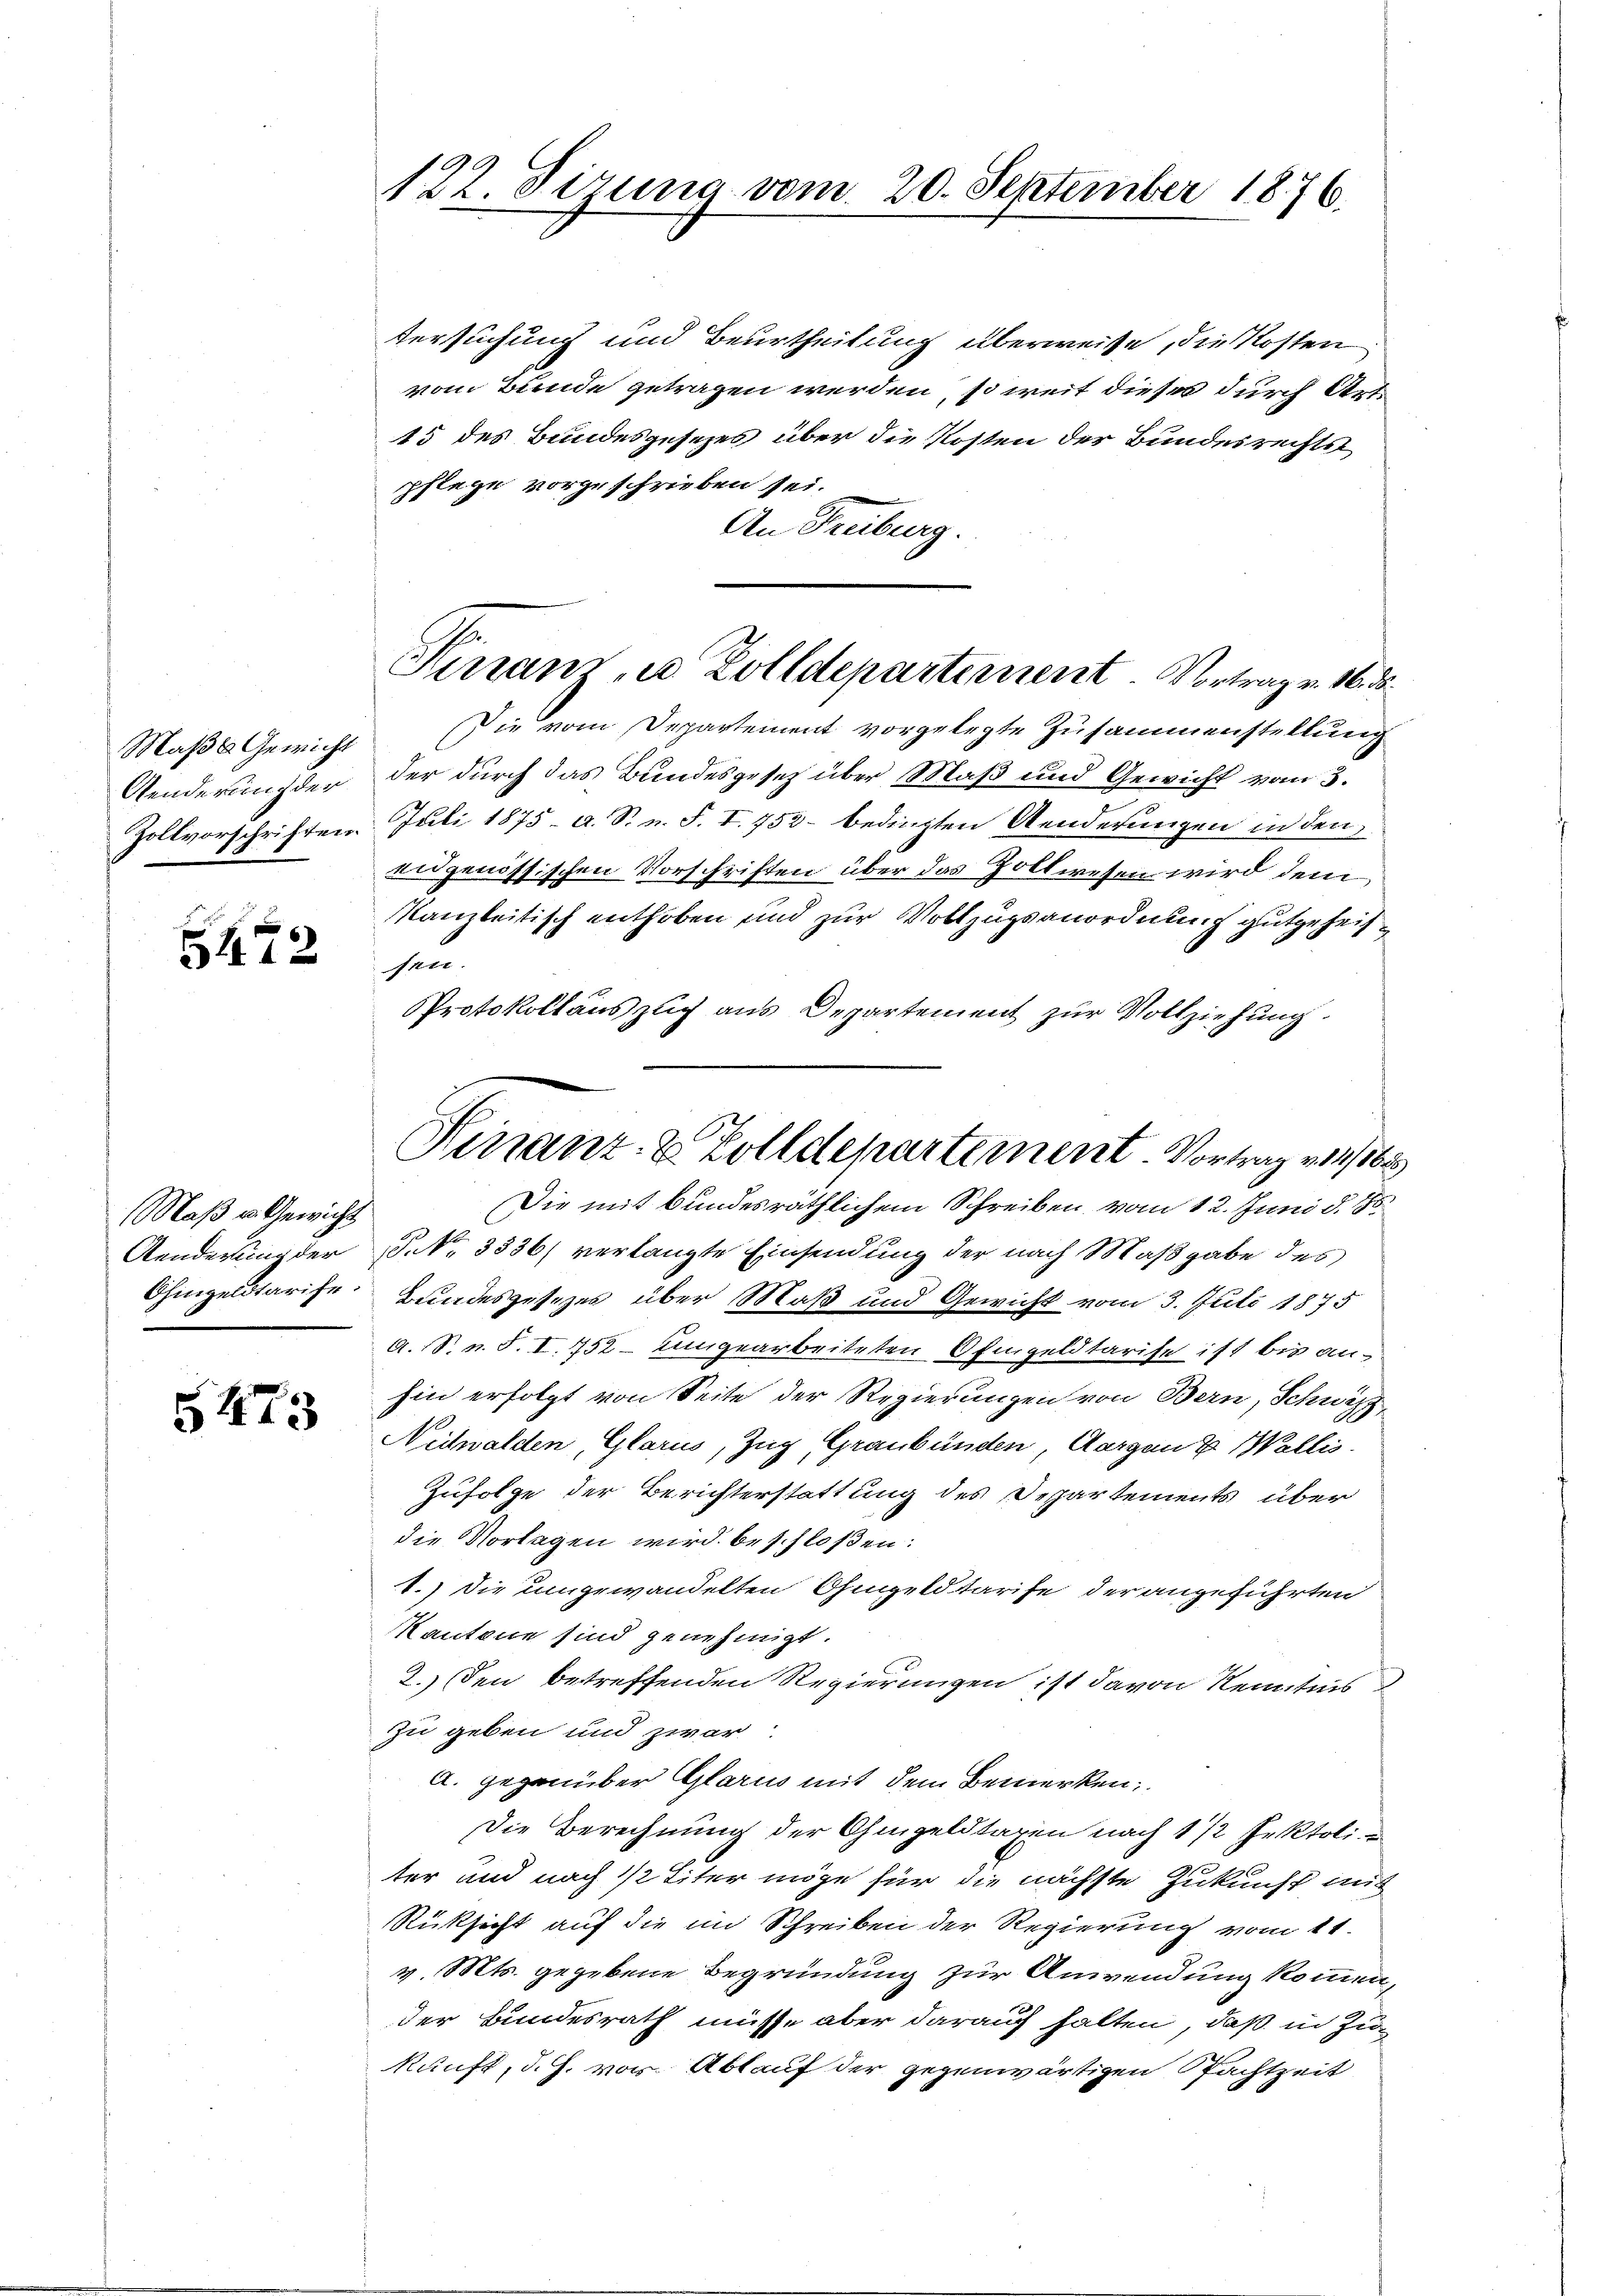
Maßa Gewicht
Aenderung der

5472

Maß u. Gewicht
Aenderung der

5473

122. Sizung vom 20. September 1876.

tersuchung und Beurtheilung überweise, die Kosten
vom Bunde getragen werden, so weit dieses durch Art.
15 des Bundesgesezes über die Kosten der Bundesrechts
pflege vorgeschrieben sei.
An Freiburg.
Die vom Departement vorgelegte Zusammenstellung
der durch das Bundesgesetz über Maß und Gewicht vom 3.
Zollvorschriften. Juli 1875 - a. S. n. F. I. 752 – bedingten Aenderungen in den
eidgenössischen Vorschriften über das Zollwesen wird dem
kanleitisch enthoben und zur Vollzugsanordnung gutgeheitshun
PProtokollauszug aus Departement zur Vollziehung.
Die mit bundesräthlichem Schreiben vom 12. Juni d. 16.
 No. 3336) verlangte Einsendung der nach Maßgabe des
Chingeldtarife. Bundesgesezes über Maß und Gewicht vom 3. Juli 1875
A. S. n. F. I. 752 - umgearbeiteten Ofengeldtarise ist bis anhin erfolgt von Seite der Regierungen von Bern, Schwyz
Neihwalden, Glarus, Zug, Graubünden, Aargau u. Wallis.
Zufolge der Berichterstattung des Departements über
die Vorlagen wird beschloßen:
1.) Die umgewandelten Ohmgeldtarife der angeführten
Kantone sind genehmigt.
2.) Den betreffenden Regierungen ist davon Kenntnis
zu geben und zwar
A. gegenüber Glarus mit dem Bemerken
Die Berechnung der Ohmgeldtagen nach 1 1/2 Jektoli
ter und nach 1/2 Eiter möge für die nächste Zukunft aus
Rüksicht auf die im Schreiben der Regierung vom 11.
v. Mts. gegebene Begründung zur Anwendung kommen,
der Bundesrath müsse aber darauf halten, daß in Zukunft, d. J. vor Ablauf der gegenwärtigen Pachtzeit

Finanze Zolldepartement Vortrag v. 16. ds.

Hinanz- & Zolldepartement Vortrag viel be